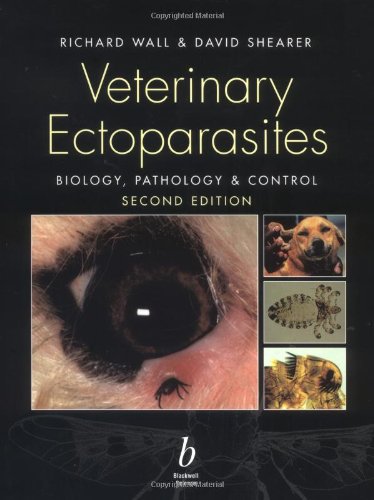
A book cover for Veterinary Ectoparasites: Biology, Pathology and Control; R. L. Wall; Medical Books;